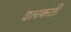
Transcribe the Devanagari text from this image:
ढलकती